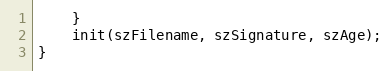
Language: C++
	}
	init(szFilename, szSignature, szAge);
}